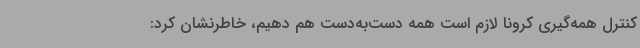
کنترل همه‌گیری کرونا لازم است همه دست‌به‌دست هم دهیم، خاطرنشان کرد: